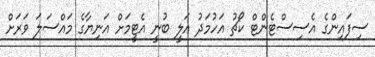
ސިފައިންގެ އެސިސްޓެންޓް ކޯޗު އަހުމަދު އަލީ ބުނީ އެޓީމަށް އަނިޔާގެ މައްސަލަ ވަަރަށް